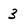
Character: 3